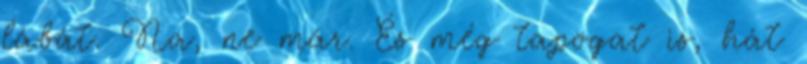
lábát. Na, ne már. És még tapogat is, hát